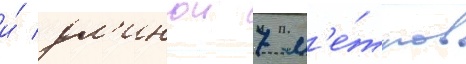
и́ дл'инои 7 м'е́тров